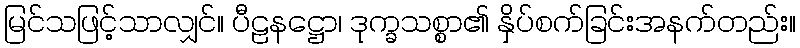
မြင်သဖြင့်သာလျှင်။ ပီဠနဋ္ဌော၊ ဒုက္ခသစ္စာ၏ နှိပ်စက်ခြင်းအနက်တည်း။